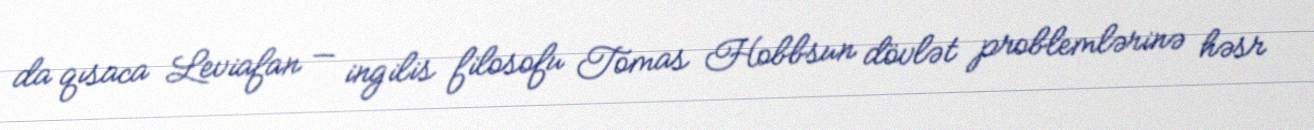
da qısaca Leviafan — ingilis filosofu Tomas Hobbsun dövlət problemlərinə həsr